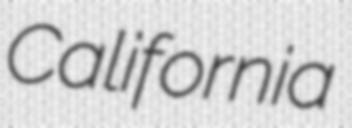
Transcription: California